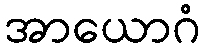
အာယောဂံ